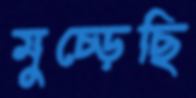
মুচ্‌ড়েছি